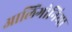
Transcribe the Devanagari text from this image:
आलिंगोनिया